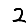
Digit: 2